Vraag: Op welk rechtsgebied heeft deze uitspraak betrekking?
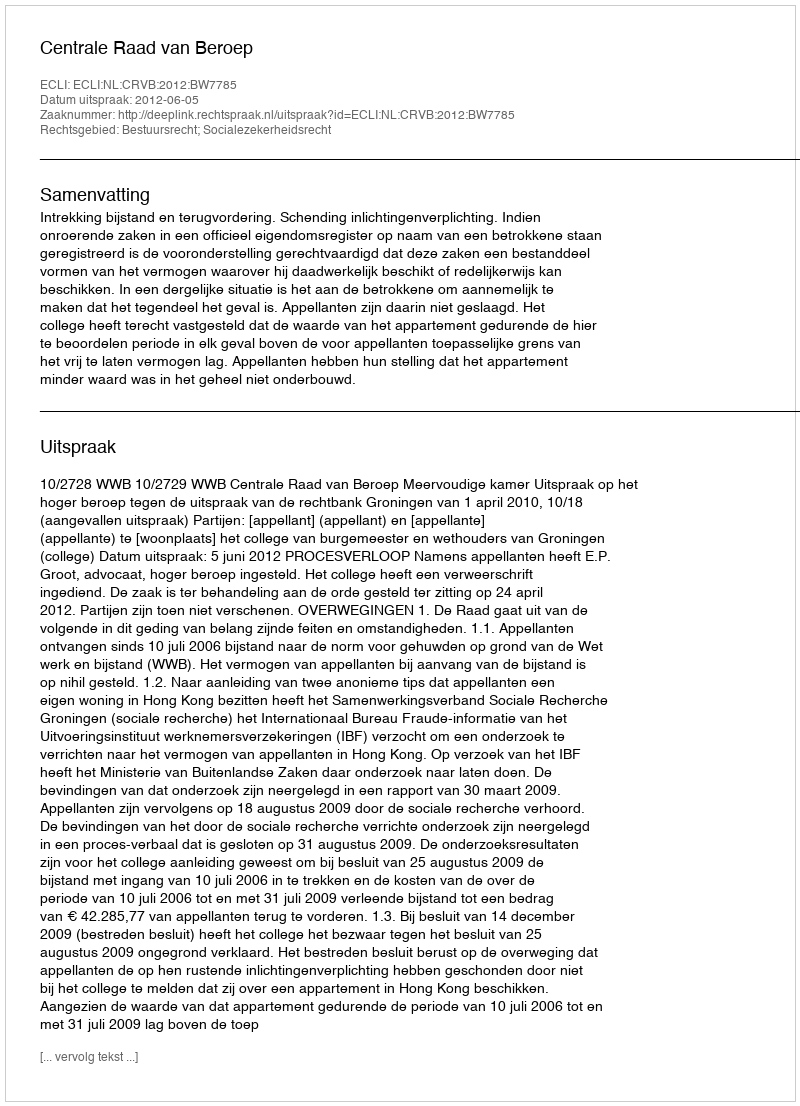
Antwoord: Bestuursrecht; Socialezekerheidsrecht